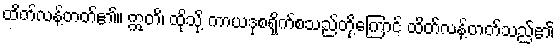
ထိတ်လန့်တတ်၏။ ဣတိ၊ ထိုသို့ ကာယဒုစရိုက်စသည်တို့ကြောင့် ထိတ်လန့်တတ်သည်၏